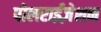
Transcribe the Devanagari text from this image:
पोलराईज़ेशन